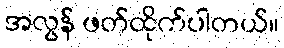
အလွန် ဖတ်ထိုက်ပါတယ်။